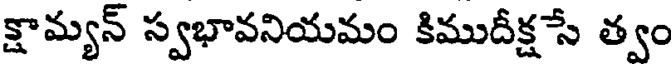
క్షామ్యన్ స్వభావనియమం కిముదీక్షసే త్వం